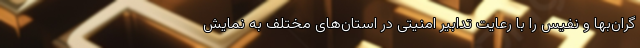
گران‌بها و نفیس را با رعایت تدابیر امنیتی در استان‌های مختلف به نمایش